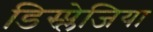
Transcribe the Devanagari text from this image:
डिस्प्लेजिया